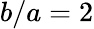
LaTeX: b/a=2